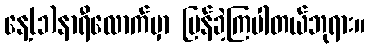
နေ့(၁)နာရီလောက်မှာ ပြန်ခဲ့ကြပါတယ်ဘုရား။